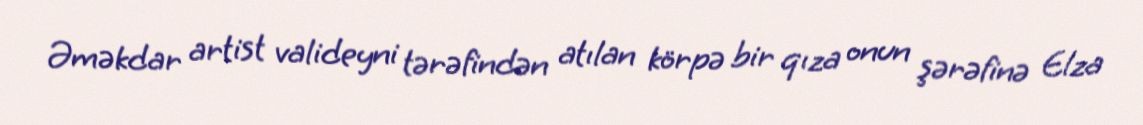
Əməkdar artist valideyni tərəfindən atılan körpə bir qıza onun şərəfinə Elza